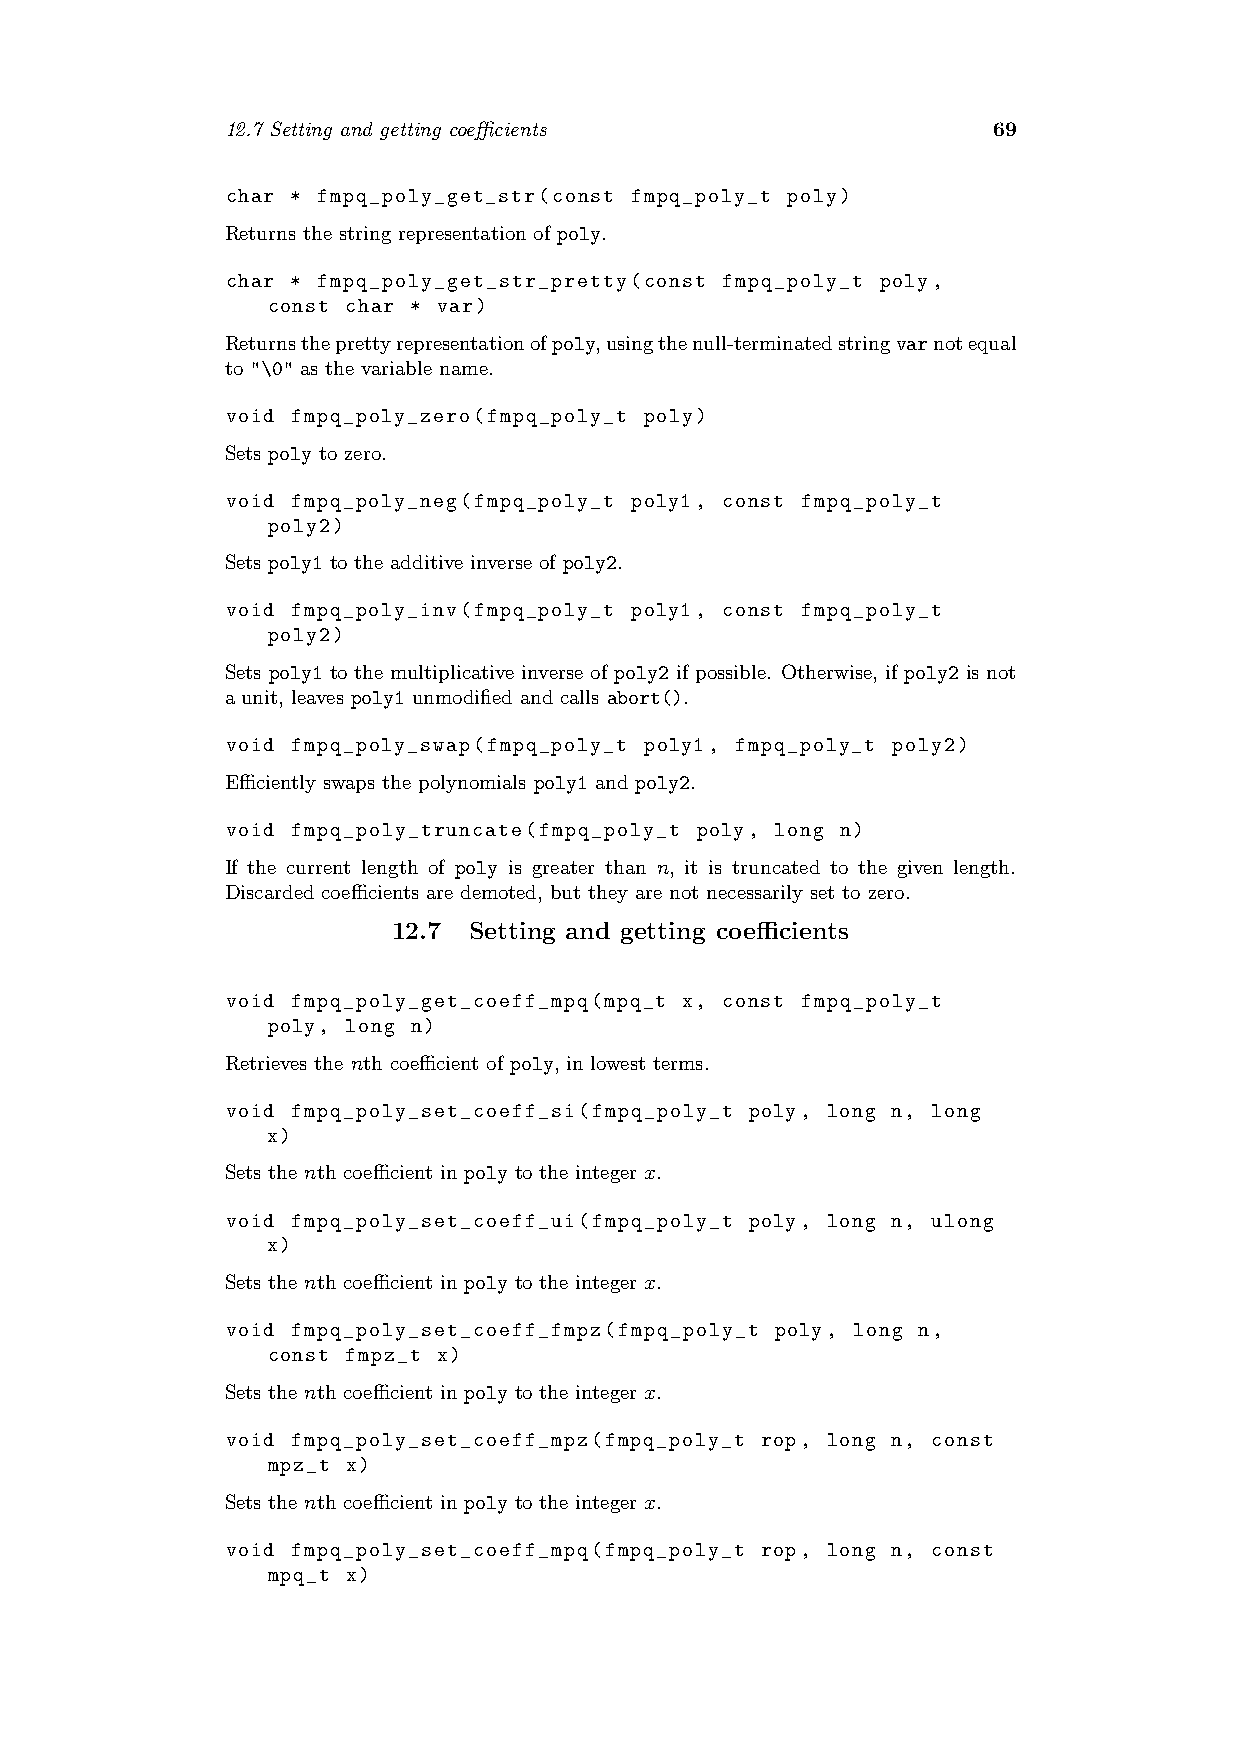
12.7 Setting and getting coefficients              69
 char * fmpq_poly_get_str(const fmpq_poly_t poly)
 Returns the string representation of poly.
 char * fmpq_poly_get_str_pretty(const fmpq_poly_t poly,
 const char * var)
 Returnstheprettyrepresentationofpoly,usingthenull-terminatedstringvarnotequal
 to "\0" as the variable name.
 void fmpq_poly_zero(fmpq_poly_t poly)
 Sets poly to zero.
 void fmpq_poly_neg(fmpq_poly_t poly1, const fmpq_poly_t
 poly2)
 Sets poly1 to the additive inverse of poly2.
 void fmpq_poly_inv(fmpq_poly_t poly1, const fmpq_poly_t
 poly2)
 Sets poly1 to the multiplicative inverse of poly2 if possible. Otherwise, if poly2 is not
 a unit, leaves poly1 unmodified and calls abort().
 void fmpq_poly_swap(fmpq_poly_t poly1, fmpq_poly_t poly2)
 Efficiently swaps the polynomials poly1 and poly2.
 void fmpq_poly_truncate(fmpq_poly_t poly, long n)
 If the current length of poly is greater than n, it is truncated to the given length.
 Discarded coefficients are demoted, but they are not necessarily set to zero.
 12.7 Setting and getting coefficients
 void fmpq_poly_get_coeff_mpq(mpq_t x, const fmpq_poly_t
 poly, long n)
 Retrieves the nth coefficient of poly, in lowest terms.
 void fmpq_poly_set_coeff_si(fmpq_poly_t poly, long n, long
 x)
 Sets the nth coefficient in poly to the integer x.
 void fmpq_poly_set_coeff_ui(fmpq_poly_t poly, long n, ulong
 x)
 Sets the nth coefficient in poly to the integer x.
 void fmpq_poly_set_coeff_fmpz(fmpq_poly_t poly, long n,
 const fmpz_t x)
 Sets the nth coefficient in poly to the integer x.
 void fmpq_poly_set_coeff_mpz(fmpq_poly_t rop, long n, const
 mpz_t x)
 Sets the nth coefficient in poly to the integer x.
 void fmpq_poly_set_coeff_mpq(fmpq_poly_t rop, long n, const
 mpq_t x)